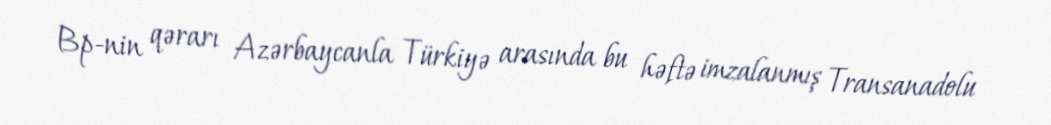
Bp-nin qərarı Azərbaycanla Türkiyə arasında bu həftə imzalanmış Transanadolu